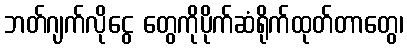
ဘတ်ဂျက်လိုငွေ တွေကိုပိုက်ဆံရိုက်ထုတ်တာတွေ၊